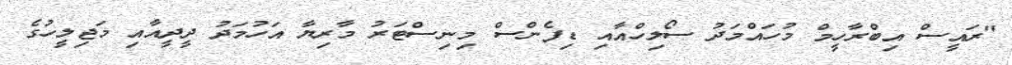
"ރައީސް އިބްރާހީމް މުހައްމަދު ސޯލިހްއާއި ޑިފެންސް މިނިސްޓަރު މާރިޔާ އަހުމަދު ދީދީއާއި މަޖިލީހުގެ